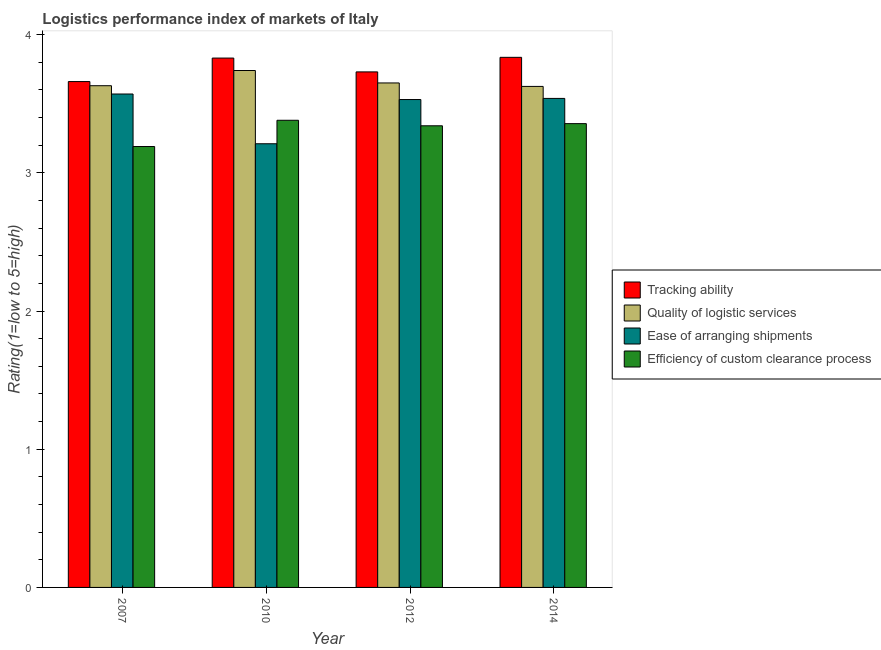
| Year | Tracking ability | Quality of logistic services | Ease of arranging shipments | Efficiency of custom clearance process |
 | --- | --- | --- | --- | --- |
 | 2007 | 3.66 | 3.63 | 3.57 | 3.19 |
 | 2010 | 3.83 | 3.74 | 3.21 | 3.38 |
 | 2012 | 3.73 | 3.65 | 3.53 | 3.34 |
 | 2014 | 3.84 | 3.62 | 3.54 | 3.36 |